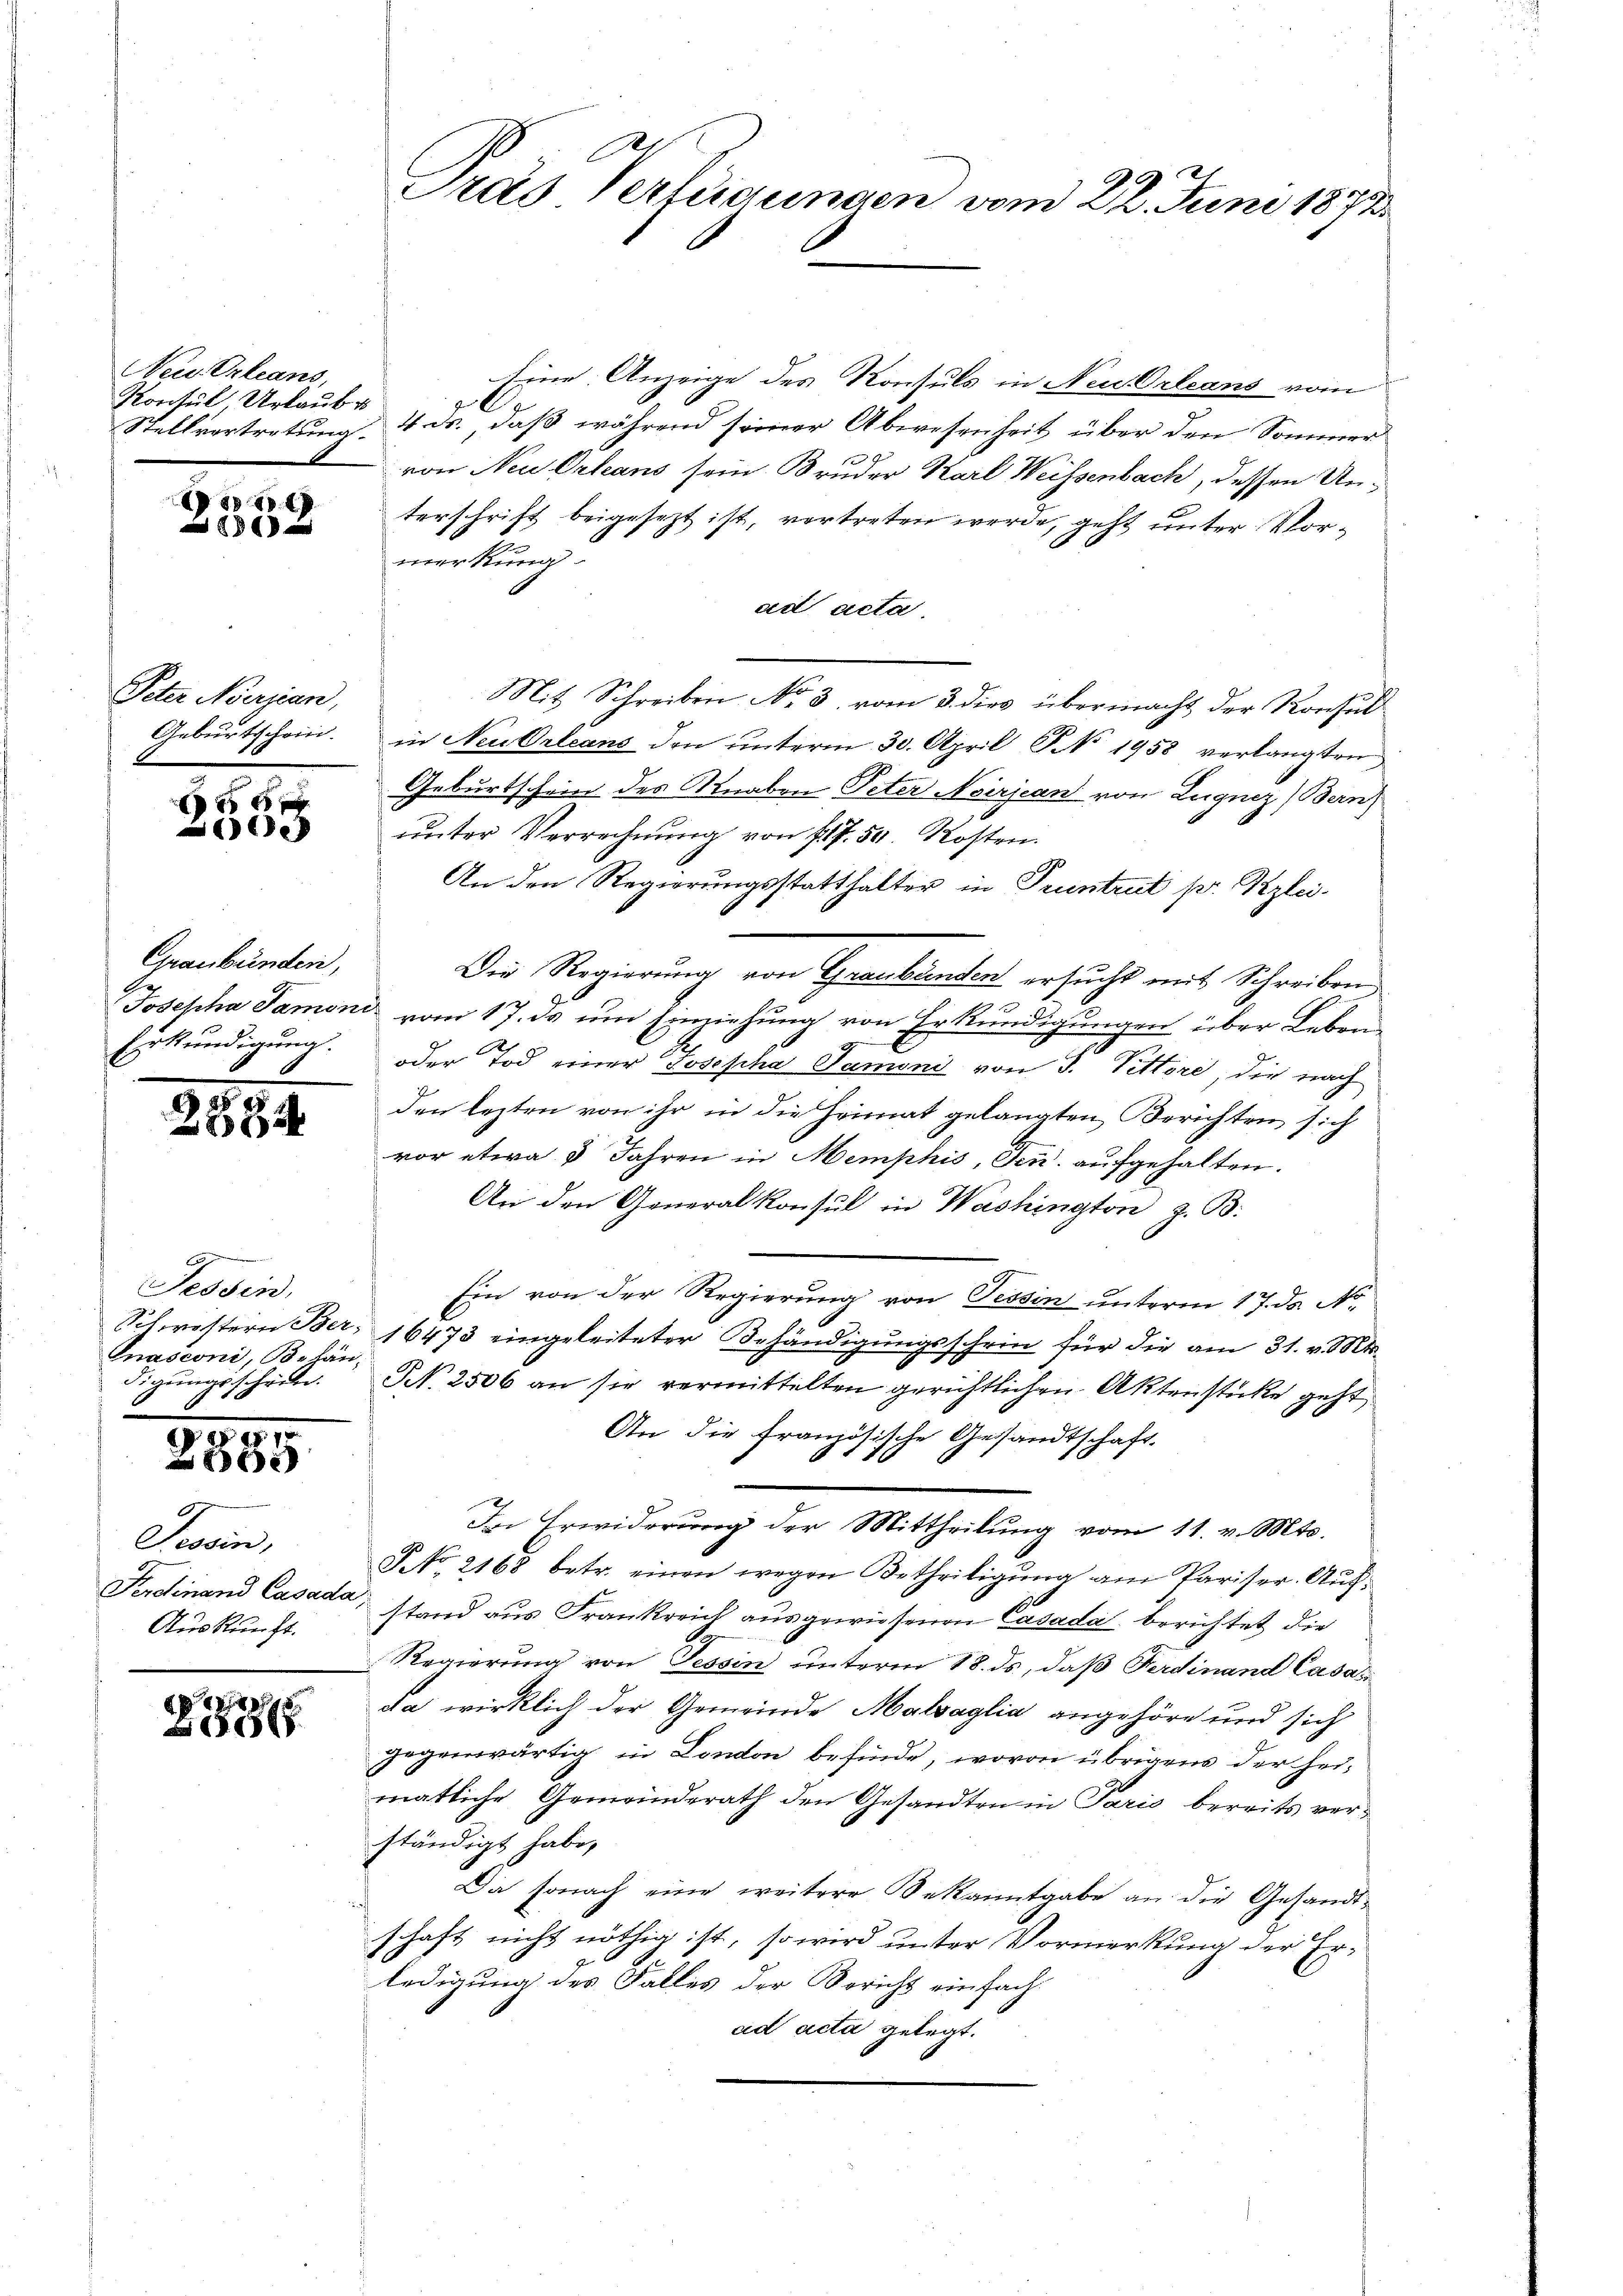
Neu Orleans,
Kontul Urlaub u

e
6

Peter Norican,
Geburtschein.

xx
e

Graubünden,
Erkundigung.

2884

Tessin,
Gnasconi, Behändigŭngsschribe

5
2885

G
Tessin,
Auskunft.

27

Eine Anzeige des Konsuls in Neu Orleans vom
Stellvertretung 4. ds. daß während seiner Abwesenheit über den Sommer
9
von Neu Orleans sein Bruder Karl Weissenbach, dessen Unterschrift beigesezt ist, vortreten werde, geht unter Vormerkung
ad acta
Mit Schreiben No 3. vom 3. dies übermacht der Konsul
in Neu Orleans den ŭnterm 30. April NNo. 1958 verlangten
Geburtschein des Knaben Peter Neirjean von Lugnez Bern
ŭnter Verrechnŭng von fl. 54. Kosten.
An den Regierungsstatthalter in Pruntrut pr. Klei
Die Regierung von Graubünden ersucht mit Schreiben
Josepha Samoni vom 17. ds um Einziehung von Erkundigungen über Leben¬
oder Tod einer Josepha Samoni von J. Pittore, die nach
den lezten von ihr in die Heimat gelangten Berichten sich
vor etwa 3 Jahren in Memphis, Fen. aufgehalten.
An den Generalkonsul in Washington z. B.
Ein von der Regierung von Tessin unterm 17. ds. No.
Schwestern Ber; 16473 eingeleiteter Behändigungsschein für die am 31. v. Mts.
d
N. 2506 an sie vermittelten gerichtlichen Aktenstücke geht
An die französische Gesandtschaft.
Der Erwiderung der Mittheilung vom 11. v. Mts.
P No. 2168 betr. einen wegen Betheiligŭng am Pariser. Aŭf-
Ferdinand Casado, stand aus Frankreich ausgewiesenen Casada berichtet die
Regierung von Tessin unterm 18. ds, daß Ferdinand Casas
da wirklich der Gemeinde Malsaglia angehöre und sich
gegenwärtig in London befinde, wovon übrigens der heimatliche Gemeinderath den Gesandten in Paris bereits verständigt habe,
Da sonach eine weitere Bekanntgabe an die Gesandtschaft nicht nöthig ist, so wird unter Vormerkung der Er¬
0
ledigung des Falles der Bericht einfachad acta gelegt.

Pras Verfügungen vom 22. Juni 1872